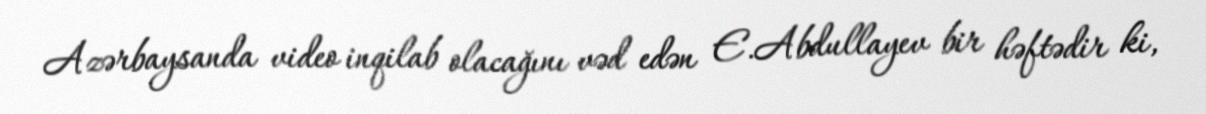
Azərbaysanda video inqilab olacağını vəd edən E.Abdullayev bir həftədir ki,